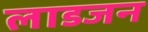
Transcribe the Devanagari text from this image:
लाडजन